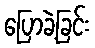
ပြောခဲ့ခြင်း